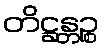
တိဋ္ဌန္တဉ္စ